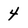
Character: 4